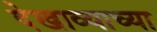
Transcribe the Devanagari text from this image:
देखाव्याच्या